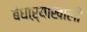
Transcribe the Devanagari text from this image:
बंधाऱ्याखाली